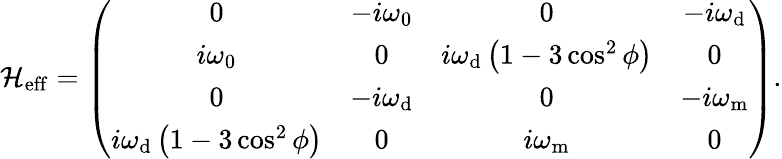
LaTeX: \mathcal{H}_{\mathrm{{eff}}}=\left(\begin{array}{cccc}{0}&{-i\omega_{\mathrm{0}}}&{0}&{-i\omega_{\mathrm{d}}}\\ {i\omega_{\mathrm{0}}}&{0}&{i\omega_{\mathrm{d}}\left(1-3\cos^{2}\phi\right)}&{0}\\ {0}&{-i\omega_{\mathrm{d}}}&{0}&{-i{\omega}_{\mathrm{m}}}\\ {i\omega_{\mathrm{d}}\left(1-3\cos^{2}\phi\right)}&{0}&{i{\omega}_{\mathrm{m}}}&{0}\end{array}\right).